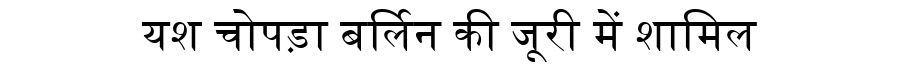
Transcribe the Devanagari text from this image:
यश चोपड़ा बर्लिन की जूरी में शामिल